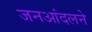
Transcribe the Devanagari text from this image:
जनआंदलने